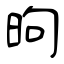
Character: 昫